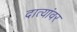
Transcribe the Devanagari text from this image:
दात्यांवर